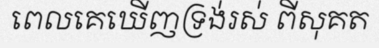
ពេលគេឃើញទ្រង់រស់ ពីសុគត